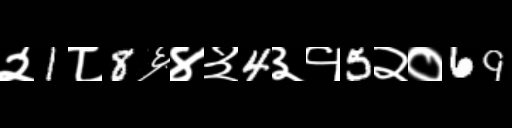
Text: २1८8६४३4३१5२०69